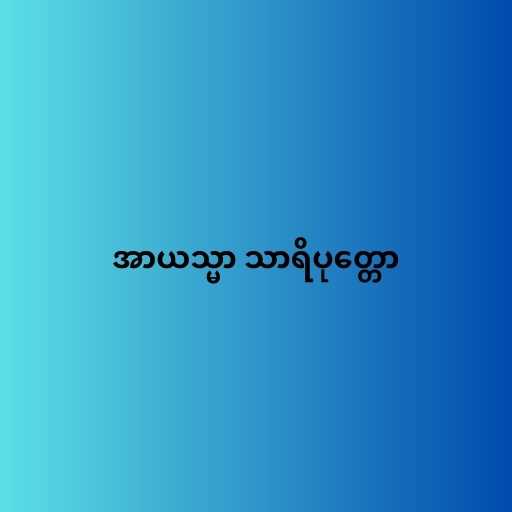
အာယသ္မာ သာရိပုတ္တော